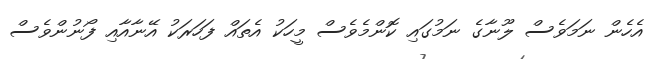
އެހެން ނަމަވެސް ލޫނާގެ ނަމުގައި ކޮންމެވެސް މީހަކު އެތައް ފަހަރަކު އޭނާއާއި ފޯނުންވެސް